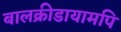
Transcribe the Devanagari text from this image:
बालक्रीडायामपि